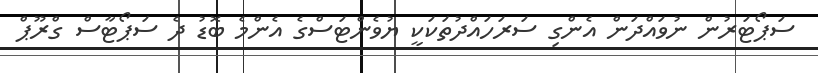
ސަޕޯޓަރުން ނުވައްދަން އެންގި ސަރަހައްދުތަކަކީ ޔުވެންޓަސްގެ އެންމެ ބޮޑު ދެ ސަޕޯޓާސް ގްރޫޕް